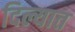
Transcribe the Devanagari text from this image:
दिल्यात